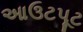
આઉટપૂટ